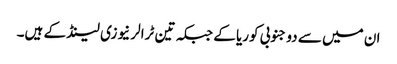
ان میں سے دو جنوبی کوریا کے جبکہ تین ٹرالر نیوزی لینڈ کے ہیں۔